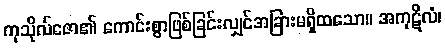
ကုသိုလ်ဇော၏ ကောင်းစွာဖြစ်ခြင်းလျှင်အခြားမရှိထသော။ အကုဋိလံ၊